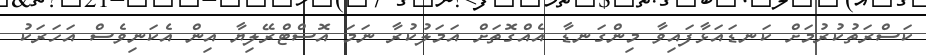
ކަސްރަތުކުރުމަށް ކަނޑައަޅާފައިވާ މިންގަނޑާ އެއްގޮތަށް އަމަލުކުރާ ނަމަ އޮސްޓްރޭލިޔާ އިން އެކަނިވެސް އަހަރަކު